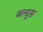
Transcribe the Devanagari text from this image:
बल्दुस